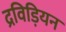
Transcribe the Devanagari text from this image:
द्रविड़ियन